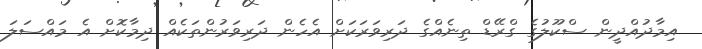
އިމާދުއްދީން ސްކޫލުގެ ގްރޭޑް ތިނެއްގެ ދަރިވަރަކަށް އެހެން ދަރިވަރުންތަކެއް ދިމާކޮށް އެ މައްސަލަ